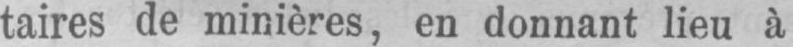
taires de minières, en donnant lieu à